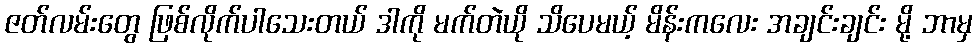
ဇတ်လမ်းတွေ ဖြစ်လိုက်ပါသေးတယ် ဒါကို မက်တဲယို သိပေမယ့် မိန်းကလေး အချင်းချင်း မို့ ဘာမှ